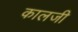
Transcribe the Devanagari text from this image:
कालजी